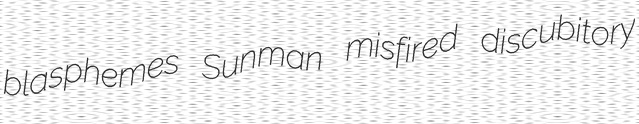
blasphemes Sunman misfired discubitory